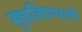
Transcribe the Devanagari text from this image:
सुचविण्याचे